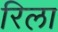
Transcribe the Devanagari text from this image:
रिला